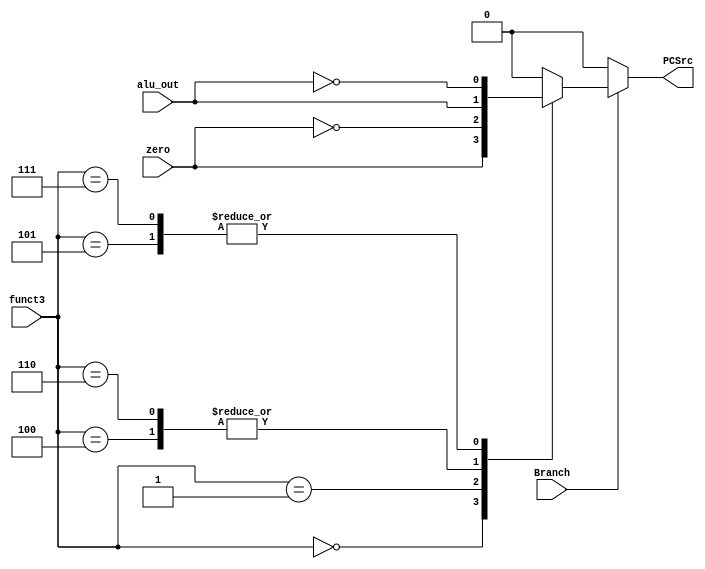
`timescale 1ns / 1ps

module branch_control #(parameter F3_WIDTH = 3) (
    input [F3_WIDTH-1:0] funct3,
    input zero,
    input alu_out,
    input Branch,
    output reg PCSrc
);

    localparam BEQ = 3'b000;
    localparam BNE = 3'b001;
    localparam BLT = 3'b100;
    localparam BGE = 3'b101;
    localparam BLTU = 3'b110;
    localparam BGEU = 3'b111;

    always @(*) begin
        // Default value is 0, as per the "n rest" in the table.
        PCSrc = 1'b0;
        // Check if Branch is asserted.
        if (Branch) begin
            case (funct3)
                BEQ: PCSrc = zero;       // beq
                BNE: PCSrc = ~zero;      // bne
                BLT: PCSrc = alu_out;    // blt
                BGE: PCSrc = ~alu_out;   // bge
                BLTU: PCSrc = alu_out;   // bltu
                BGEU: PCSrc = ~alu_out;  // bgeu
                default: PCSrc = 1'b0;
            endcase
        end
    end

endmodule